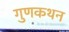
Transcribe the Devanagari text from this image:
गुणकथन